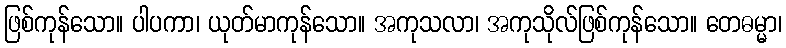
ဖြစ်ကုန်သော။ ပါပကာ၊ ယုတ်မာကုန်သော။ အကုသလာ၊ အကုသိုလ်ဖြစ်ကုန်သော။ တေဓမ္မာ၊